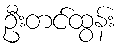
ဦးတင်ထွန်း